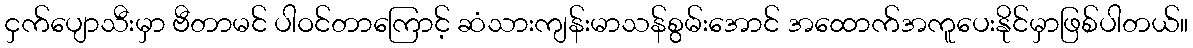
ငှက်ပျောသီးမှာ ဗီတာမင် ပါဝင်တာကြောင့် ဆံသားကျန်းမာသန်စွမ်းအောင် အထောက်အကူပေးနိုင်မှာဖြစ်ပါတယ်။